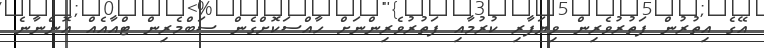
އޭގެ އިތުރުން ފަތުރުވެރިން ވިޔަފާރި ކުރުމާއި ފަތުރުވެރިންނަށް ހާއްސަކޮށްގެން ސަބްމެރިން ޓްއާއެއް އޮންނާނެ